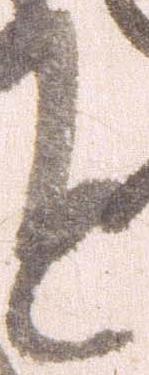
と